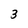
Character: 3